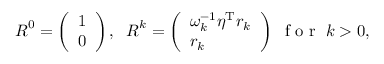
\begin{array} { r } { \boldsymbol R ^ { 0 } = \left( \begin{array} { l } { 1 } \\ { 0 } \end{array} \right) , \; \; \boldsymbol R ^ { k } = \left( \begin{array} { l } { \omega _ { k } ^ { - 1 } \boldsymbol { \eta } ^ { \mathrm { T } } \boldsymbol { r } _ { k } } \\ { \boldsymbol { r } _ { k } } \end{array} \right) \; \mathrm { ~ f ~ o ~ r ~ } \; k > 0 , } \end{array}